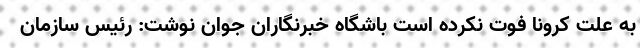
به علت کرونا فوت نکرده است باشگاه خبرنگاران جوان نوشت: رئیس سازمان